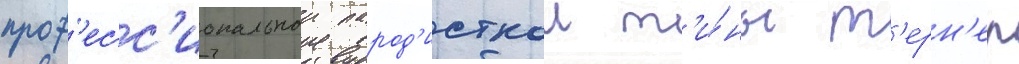
проф'есс'иональнои парод'исткои т'и́ны т'ерн'ер